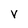
Character: V